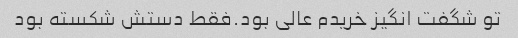
تو شگفت انگیز خریدم عالی بود.فقط دستش شکسته بود